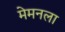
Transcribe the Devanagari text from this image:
मेमनला